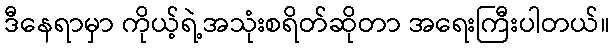
ဒီနေရာမှာ ကိုယ့်ရဲ့အသုံးစရိတ်ဆိုတာ အရေးကြီးပါတယ်။